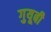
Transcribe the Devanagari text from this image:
गुयूबी